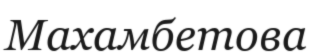
Махамбетова